Statistical return of the lunatic asylum in Assam - 1912-1932
Year: 1912
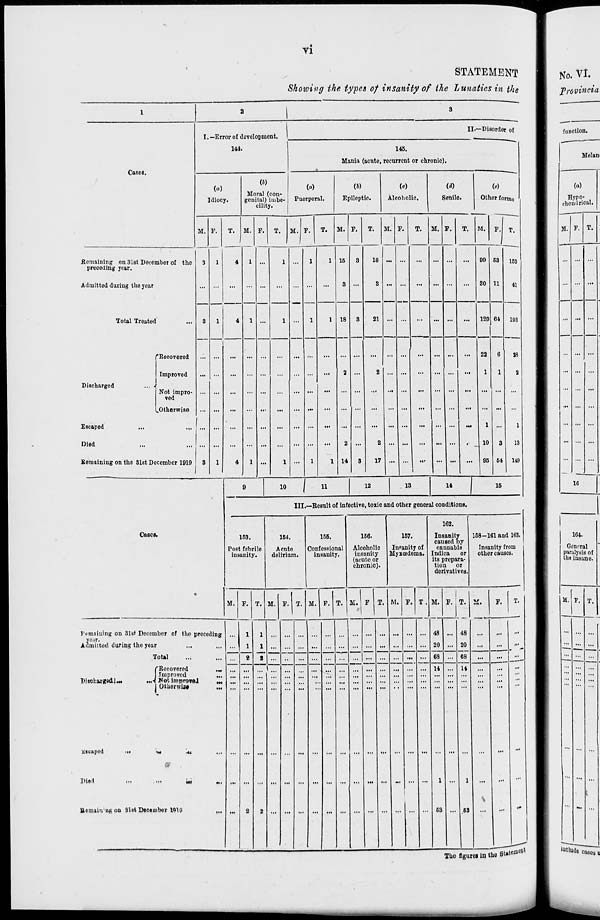
vi
STATEMENT
Shotoivg the types of insanity of the Lunatics in the
Cases.
I. —Error of development.
144.
II.—Disorder of
(a)
Idiocy.
M.
T.
(6)
Moral (eon-
genital) imbe-
cility.
145.
Mania (acute, recurrent or chronic).
(a)
Puerperal.
(5)
Epileptic.
(c)
Alcoliolic.
Senile.
to
Other forms
M. F.
T.
M. F.
I
T.
M. F.
M.
T. M. F.
M. F. T.
Remaining on 31st December of the
preceding year.
Admitted during the year
Total Troated
("Recovered
Improved
Discharged
... .
Not impro-
ved
^Otherwise
Escaped
Died
Remaining on the 31st December 1919
Cases.
10
1 15
18
14
18
21
17
09
30
129
68
U
64
162
41
193
38
9
1
13
149
11
12
13
14
15
III.—Result of infective, toxic and other general conditions.
153.
Post febrile
insanity.
154.
Acute
delirium.
155.
Confessional
insanity.
M. F. T. M. F. T. M. F. T.
156.
Alcoholic
insanity
(acute or
chronic).
157.
Insanity of
Myxcederna.
162.
Insanity
caused by
cannabis
Indica
or
its prepara-
tion
or
derivatives
158-161 and 163.
Insanity from
other causes.
M. F T. M. F.
M.
remaining on 31s* December of the preceding
year.
Admitted during the year
...
Total
Discharged].
("Recovered
I Improved
...4 Ho*, improved
1 Otherwise
Kooapod
Died
&
■ •I
.<■■
Bemam u|<, on 31st December 1910
T.
48
20
08
14
F.
Gli
63
The figures in the Statement